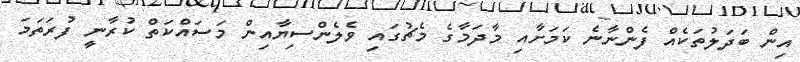
އިން ބަދަލުތަކެއް ފެންނާނެ ކަމަށާއި މާދަމާގެ މެޗުގައި ވެލެންސިޔާއިން މަސައްކަތް ކުރާނީ ފުރަތަމަ